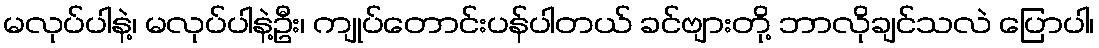
မလုပ်ပါနဲ့၊ မလုပ်ပါနဲ့ဦး၊ ကျုပ်တောင်းပန်ပါတယ် ခင်ဗျားတို့ ဘာလိုချင်သလဲ ပြောပါ၊